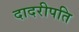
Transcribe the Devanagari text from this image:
दादरीपति